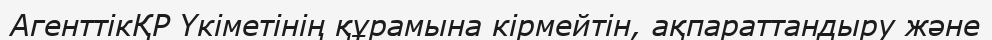
АгенттікҚР Үкіметінің құрамына кірмейтін, ақпараттандыру және